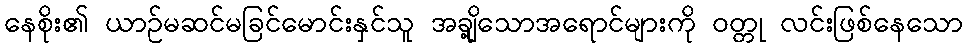
နေစိုး၏ ယာဉ်မဆင်မခြင်မောင်းနှင်သူ အချို့သောအရောင်များကို ဝတ္တု လင်းဖြစ်နေသော